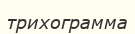
трихограмма